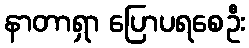
နာတာရှာ ပြောပရစေဦး